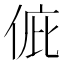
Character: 𠉆